Leaving Certificate Examination (including Day School Certificate (Higher) General paper), 1929
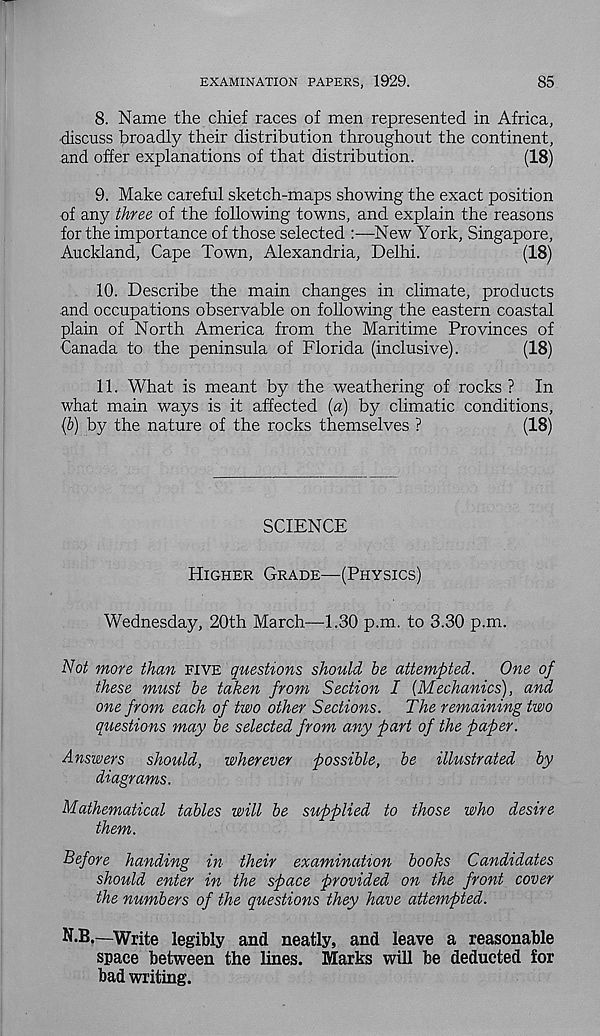
EXAMINATION PAPERS, 1929.
85
8. Name the chief races of men represented in Africa,
discuss broadly their distribution throughout the continent,
and offer explanations of that distribution.
(18)
9. Make careful sketch-maps showing the exact position
of any three of the following towns, and explain the reasons
for the importance of those selected
New York, Singapore,
Auckland, Cape Town, Alexandria, Delhi.
(18)
10. Describe the main changes in climate, products
and occupations observable on following the eastern coastal
plain of North America from the Maritime Provinces of
Canada to the peninsula of Florida (inclusive).
(18)
11. What is meant by the weathering of rocks ? In
what main ways is it affected [a) by climatic conditions,
(b) by the nature of the rocks themselves ?
(18)
SCIENCE
Higher Grade—(Physics)
Wednesday, 20th March—1.30 p.m. to 3.30 p.m.
Not more than five questions should be attempted.
One of
these must be taken from Section I {Mechanics), and
one from each of two other Sections.
The remaining two
questions may be selected from any part of the paper.
Answers should, wherever possible, be illustrated by
diagrams.
Mathematical tables will be supplied to those who desire
them.
Before handing in their examination books Candidates
should enter in the space provided on the front cover
the numbers of the questions they have attempted.
N.B.—Write legibly and neatly, and leave a reasonable
space between the lines. Marks will be deducted for
bad writing.